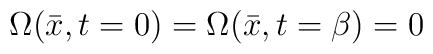
\Omega(\bar{x},t=0) = \Omega(\bar{x},t=\beta) = 0